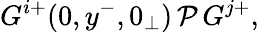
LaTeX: G^{i+}(0,y^{-},0_{\perp})\, {\cal P}\, G^{j+},